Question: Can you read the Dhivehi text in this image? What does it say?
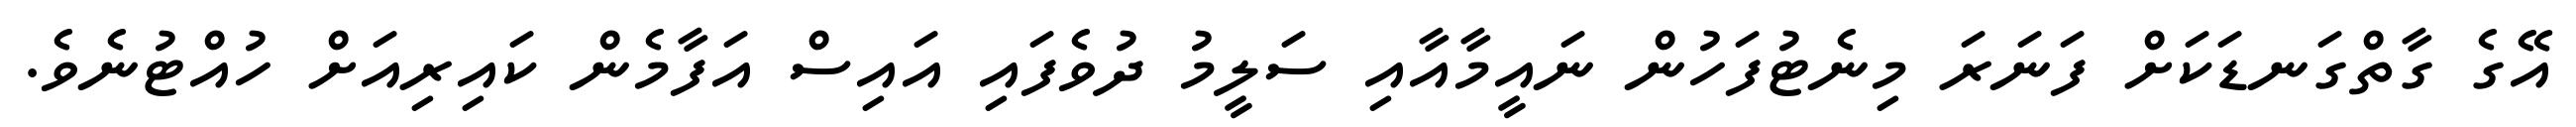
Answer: އޭގެ ގާތްގަނޑަކަށް ފަނަރަ މިނެޓުފަހުން ނައީމާއާއި ސަލީމު ދުވެފައި އައިސް އަފާމެން ކައިރިއަށް ހުއްޓުނެވެ.